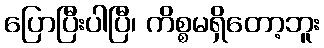
ပြောပြီးပါပြီ၊ ကိစ္စမရှိတော့ဘူး